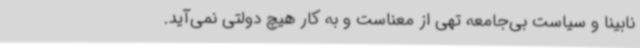
نابینا و سیاست بی‌جامعه تهی از معناست و به کار هیچ دولتی نمی‌آید.